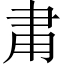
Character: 𬎾